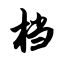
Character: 档